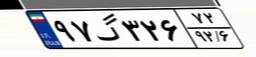
۱۷گ۹۲۹۷۱